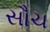
સૌચ